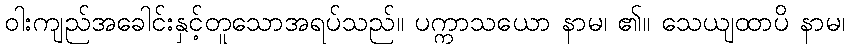
ဝါးကျည်အခေါင်းနှင့်တူသောအရပ်သည်။ ပက္ကာသယော နာမ၊ ၏။ သေယျထာပိ နာမ၊